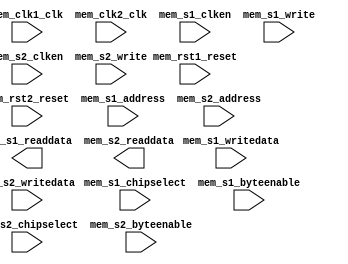

module FrameBuf_lg (
	mem_clk1_clk,
	mem_clk2_clk,
	mem_rst1_reset,
	mem_rst2_reset,
	mem_s1_address,
	mem_s1_clken,
	mem_s1_chipselect,
	mem_s1_write,
	mem_s1_readdata,
	mem_s1_writedata,
	mem_s1_byteenable,
	mem_s2_address,
	mem_s2_chipselect,
	mem_s2_clken,
	mem_s2_write,
	mem_s2_readdata,
	mem_s2_writedata,
	mem_s2_byteenable);	

	input		mem_clk1_clk;
	input		mem_clk2_clk;
	input		mem_rst1_reset;
	input		mem_rst2_reset;
	input	[13:0]	mem_s1_address;
	input		mem_s1_clken;
	input		mem_s1_chipselect;
	input		mem_s1_write;
	output	[15:0]	mem_s1_readdata;
	input	[15:0]	mem_s1_writedata;
	input	[1:0]	mem_s1_byteenable;
	input	[13:0]	mem_s2_address;
	input		mem_s2_chipselect;
	input		mem_s2_clken;
	input		mem_s2_write;
	output	[15:0]	mem_s2_readdata;
	input	[15:0]	mem_s2_writedata;
	input	[1:0]	mem_s2_byteenable;
endmodule